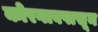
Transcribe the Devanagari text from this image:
कोरगावपासून